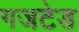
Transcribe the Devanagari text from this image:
गजटेड